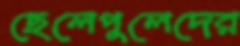
ছেলেপুলেদের